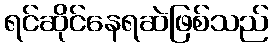
ရင်ဆိုင်နေရဆဲဖြစ်သည်